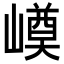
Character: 𡼓